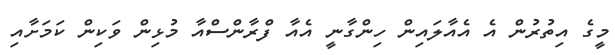
މީގެ އިތުރުން އެ އެއާލައިން ހިންގާނީ އެއާ ފްރާންސްއާ މުޅިން ވަކިން ކަމަށާއި